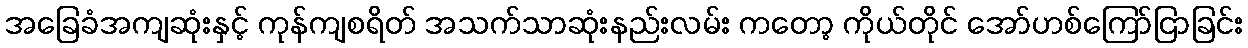
အခြေခံအကျဆုံးနှင့် ကုန်ကျစရိတ် အသက်သာဆုံးနည်းလမ်း ကတော့ ကိုယ်တိုင် အော်ဟစ်ကြော်ငြာခြင်း